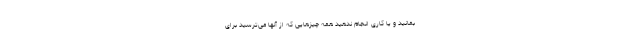
بمانید و یا کاری انجام ندهید همه چیزهایی که از آنها می‌ترسید برای